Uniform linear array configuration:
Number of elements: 24
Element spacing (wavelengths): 0.5
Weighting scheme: exponential
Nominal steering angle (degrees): -15
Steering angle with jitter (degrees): -15.646
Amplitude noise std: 0.05
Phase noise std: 0.05

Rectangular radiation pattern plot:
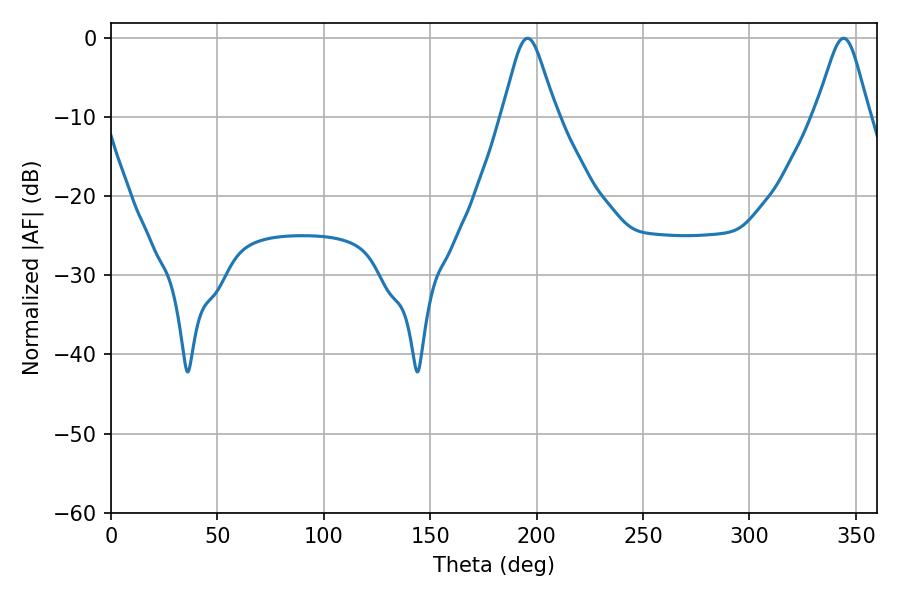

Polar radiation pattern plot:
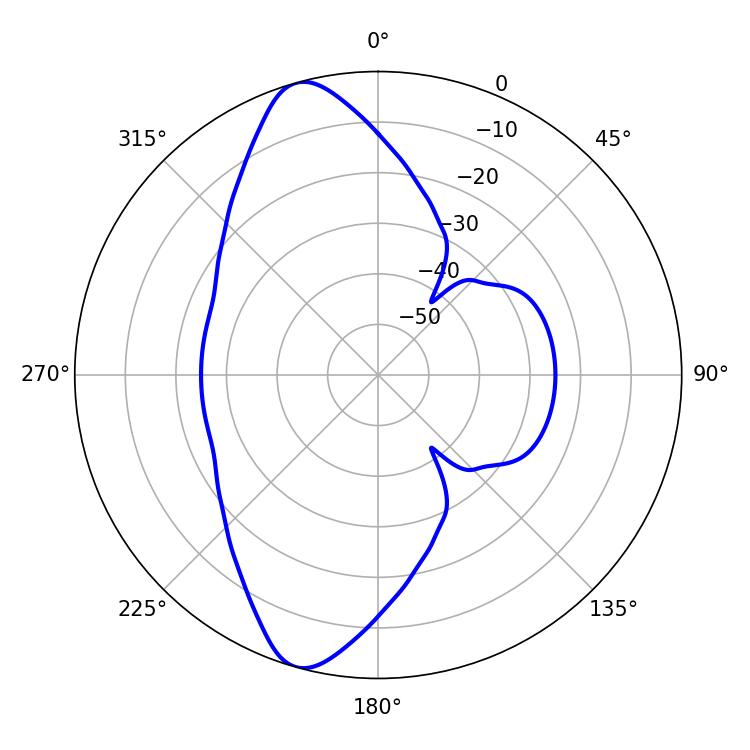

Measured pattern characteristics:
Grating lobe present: FALSE
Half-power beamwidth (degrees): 12.06
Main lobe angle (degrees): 195.66